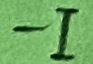
Text: -I